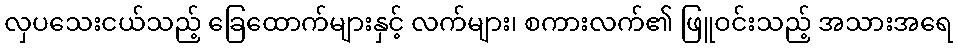
လှပသေးငယ်သည့် ခြေထောက်များနှင့် လက်များ၊ စကားလက်၏ ဖြူဝင်းသည့် အသားအရေ